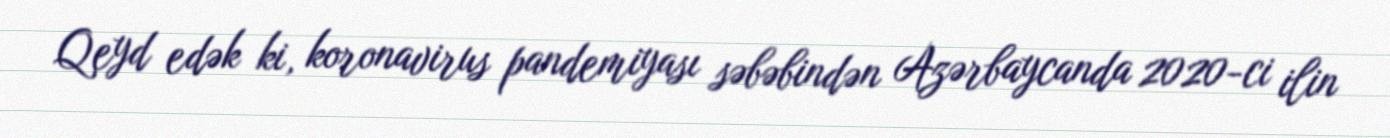
Qeyd edək ki, koronavirus pandemiyası səbəbindən Azərbaycanda 2020-ci ilin